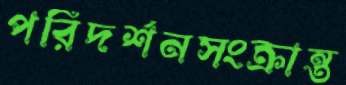
পরিদর্শনসংক্রান্ত